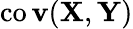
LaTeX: \operatorname{co\mathbf{v}}(\mathbf{{X}},\mathbf{{Y}})